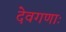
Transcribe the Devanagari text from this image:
देवगणाः